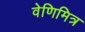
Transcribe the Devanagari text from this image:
वेणिमित्र